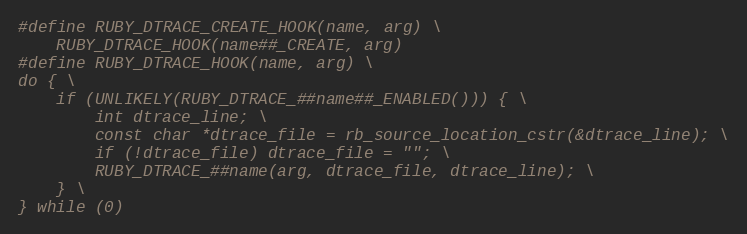
Language: C
#define RUBY_DTRACE_CREATE_HOOK(name, arg) \
    RUBY_DTRACE_HOOK(name##_CREATE, arg)
#define RUBY_DTRACE_HOOK(name, arg) \
do { \
    if (UNLIKELY(RUBY_DTRACE_##name##_ENABLED())) { \
        int dtrace_line; \
        const char *dtrace_file = rb_source_location_cstr(&dtrace_line); \
        if (!dtrace_file) dtrace_file = ""; \
        RUBY_DTRACE_##name(arg, dtrace_file, dtrace_line); \
    } \
} while (0)